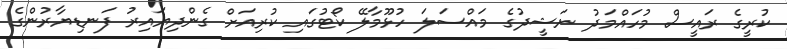
ކުރީގެ ރައީސް މުހައްމަދު ނަޝީދުގެ މައްސަލަ ހުޅޫމާލޭ ކޯޓުގައި ކުރިއަށް ގެންދިޔައިރު ފަނޑިޔާރުންގެ